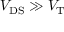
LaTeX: V _ { \mathrm { D S } } \gg V _ { \mathrm { T } }